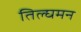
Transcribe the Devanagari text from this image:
तिल्घमन